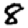
Digit: 8